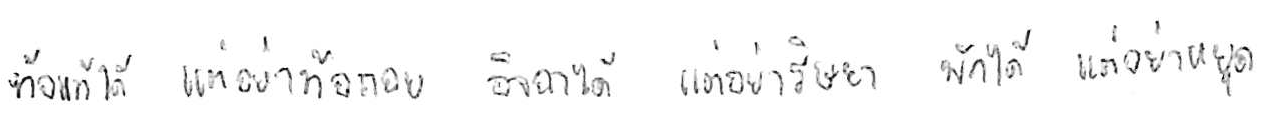
ท้อแท้ได้ แต่อย่าท้อถอย อิจฉาได้ แต่อย่าริษยา พักได้ แต่อย่าหยุด